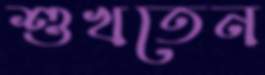
শুখতেন